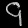
Digit: ၄